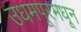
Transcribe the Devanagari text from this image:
उधमपूरमधून